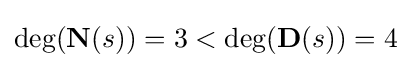
\deg({\textbf {N}}(s))=3<\deg({\textbf {D}}(s))=4